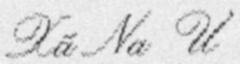
Xã Na Ư